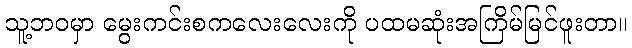
သူ့ဘဝမှာ မွေးကင်းစကလေးလေးကို ပထမဆုံးအကြိမ်မြင်ဖူးတာ။